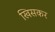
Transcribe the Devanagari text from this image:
खिसकर